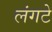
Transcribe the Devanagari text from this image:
लंगटे